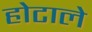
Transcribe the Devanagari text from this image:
होटाले